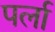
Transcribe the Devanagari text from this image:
पर्ला